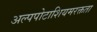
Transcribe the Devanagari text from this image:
अल्पपोटाशियमरक्तता